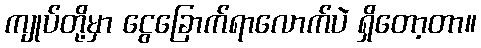
ကျုပ်တို့မှာ ငွေခြောက်ရာလောက်ပဲ ရှိတော့တာ။